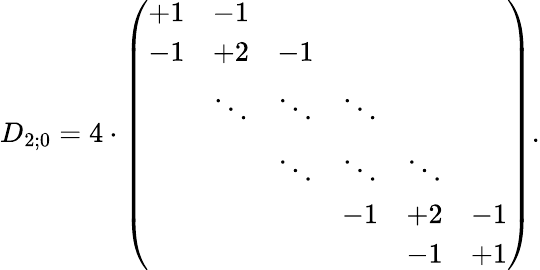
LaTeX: D_{2;0}=4\cdot\left(\begin{array}{cccccc}{{+1}}&{{-1}}&{{}}&{{}}&{{}}&{{}}\\ {{-1}}&{{+2}}&{{-1}}&{{}}&{{}}&{{}}\\ {{}}&{{\ddots}}&{{\ddots}}&{{\ddots}}&{{}}&{{}}\\ {{}}&{{}}&{{\ddots}}&{{\ddots}}&{{\ddots}}&{{}}\\ {{}}&{{}}&{{}}&{{-1}}&{{+2}}&{{-1}}\\ {{}}&{{}}&{{}}&{{}}&{{-1}}&{{+1}}\end{array}\right).